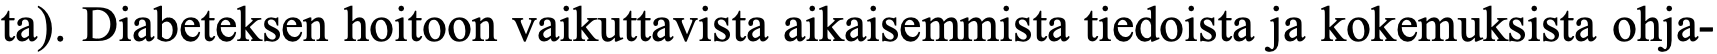
ta). Diabeteksen hoitoon vaikuttavista aikaisemmista tiedoista ja kokemuksista ohja-